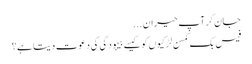
جان کر آپ حیران ...
فیس بک کمسن لڑکیوں کو کیسے بیہودگی کی دعوت دیتا ہے؟